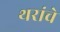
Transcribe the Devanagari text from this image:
थरांचे